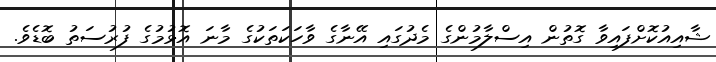
ޝާއިއުކޮށްފައިވާ ގޮތުން އިސްލާމުންގެ މެދުގައި އޭނާގެ ވާހަކަތަކުގެ މާނަ އޮޅުމުގެ ފުރުސަތު ބޮޑެވެ.